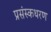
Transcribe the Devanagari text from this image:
प्रसंस्कथरण